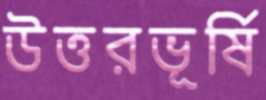
উত্তরভূর্ষি